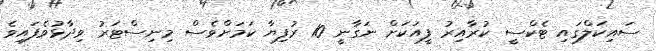
ސައިކަލްގައި ޓެކްސީ ކުރާއިރު ފީއަކަށް ނަގާނީ 10 ރުފިޔާ ކަމަށްވެސް މިނިސްޓަރު ވިދާޅުވެފައިވެ